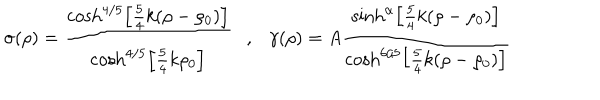
\sigma ( \rho ) = \frac { \cosh ^ { 4 / 5 } \left[ { \frac { 5 } { 4 } } k ( \rho - \rho _ { 0 } ) \right] } { \cosh ^ { 4 / 5 } \left[ { \frac { 5 } { 4 } } k \rho _ { 0 } \right] } , \gamma ( \rho ) = A \frac { \sinh ^ { \alpha } \left[ { \frac { 5 } { 4 } } k ( \rho - \rho _ { 0 } ) \right] } { \cosh ^ { 6 / 5 } \left[ { \frac { 5 } { 4 } } k ( \rho - \rho _ { 0 } ) \right] }